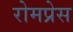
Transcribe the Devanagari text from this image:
रोमप्रेस